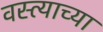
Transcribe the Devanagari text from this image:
वस्त्याच्या